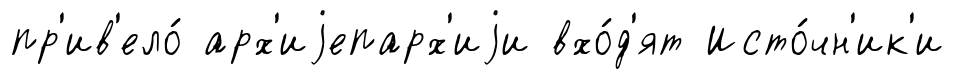
пр'ив'ело́ арх'иjепарх'иjи вхо́д'ят Исто́чн'ик'и